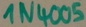
Text: 1N4005